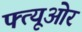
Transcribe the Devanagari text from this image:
फ्त्यूओर